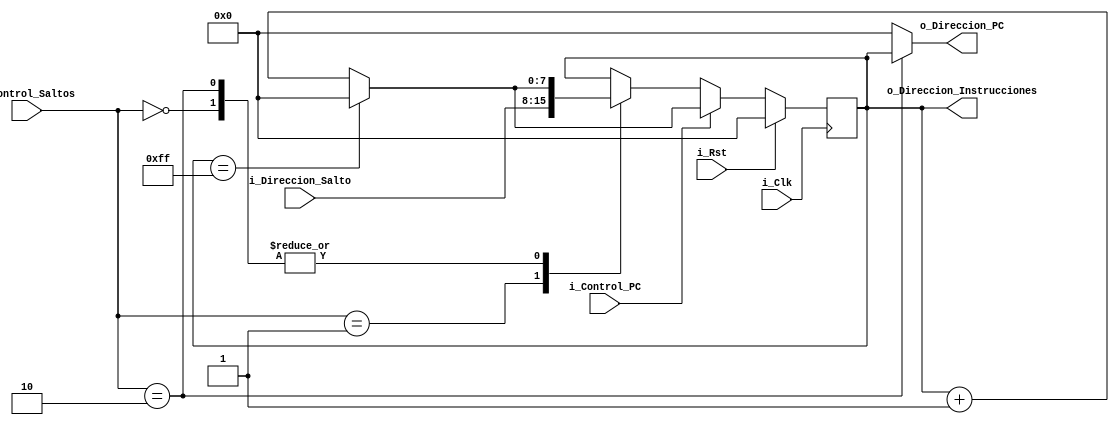
//`timescale 1ns / 1ps
//////////////////////////////////////////////////////////////////////////////////
// Company: 
// Engineer: 
// 
// Design Name: 
// Module Name: PC
// Project Name: 
// Target Devices: 
// Tool Versions: 
// Description: 
// 
// Dependencies: 
// 
// Revision:
// Revision 0.01 - File Created
// Additional Comments:
// 
//////////////////////////////////////////////////////////////////////////////////


module PC(
    input i_Clk,
    input i_Rst,
    input i_Control_PC,    
    input [1:0] i_Control_Saltos,
    input [7:0] i_Direccion_Salto,
    output [7:0] o_Direccion_Instrucciones,
    output [7:0] o_Direccion_PC
    );
    
    wire Control;
    wire [1:0] Saltos;
    wire [7:0] Direccion_Salto;
   // reg [7:0] Direccion_Instrucciones;
    wire [7:0] Direccion_PC;
    reg [7:0] contador = 0;
    
assign Control = i_Control_PC;
assign Saltos = i_Control_Saltos;
assign Direccion_Salto = i_Direccion_Salto;
//assign o_Direccion_Instrucciones = Direccion_Instrucciones;
assign  o_Direccion_PC = Direccion_PC;  

always @(posedge i_Clk)
begin 
    //Direccion_Instrucciones = contador;
     if(i_Rst) begin
        contador <= 0;
     end
     else begin
         if(Control) begin
            contador <= contador +1;
            if (contador == 255)
                contador <= 0;
         end
         else begin
            //Direccion_Instrucciones = contador;
            case (Saltos)
                2'b00:begin
                    contador <= contador +1;
                    if (contador == 255)
                        contador <= 0;
                end
                2'b01:begin
                    contador <= Direccion_Salto;
                end
                2'b10:begin
                    //Direccion_PC <= o_Direccion_Instrucciones;
                    contador <= contador +1;
                    if (contador == 255)
                        contador <= 0;
                end
                
            endcase
            
         end
         
     end    
     
end

 assign o_Direccion_Instrucciones = contador;
 assign Direccion_PC = (Saltos == 2'b10) ? o_Direccion_Instrucciones : 8'b0;

endmodule